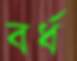
বর্ধ